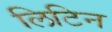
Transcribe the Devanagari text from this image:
लिटिन